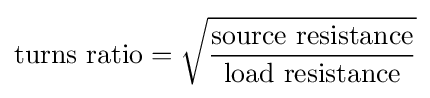
{\text{turns ratio}}={\sqrt {\frac {\text{source resistance}}{\text{load resistance}}}}